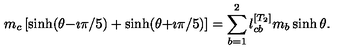
m _ { c } \left[ \sinh ( \theta { - } \imath \pi / 5 ) + \sinh ( \theta { + } \imath \pi / 5 ) \right] = \sum _ { b = 1 } ^ { 2 } l _ { c b } ^ { [ T _ { 2 } ] } m _ { b } \sinh \theta .